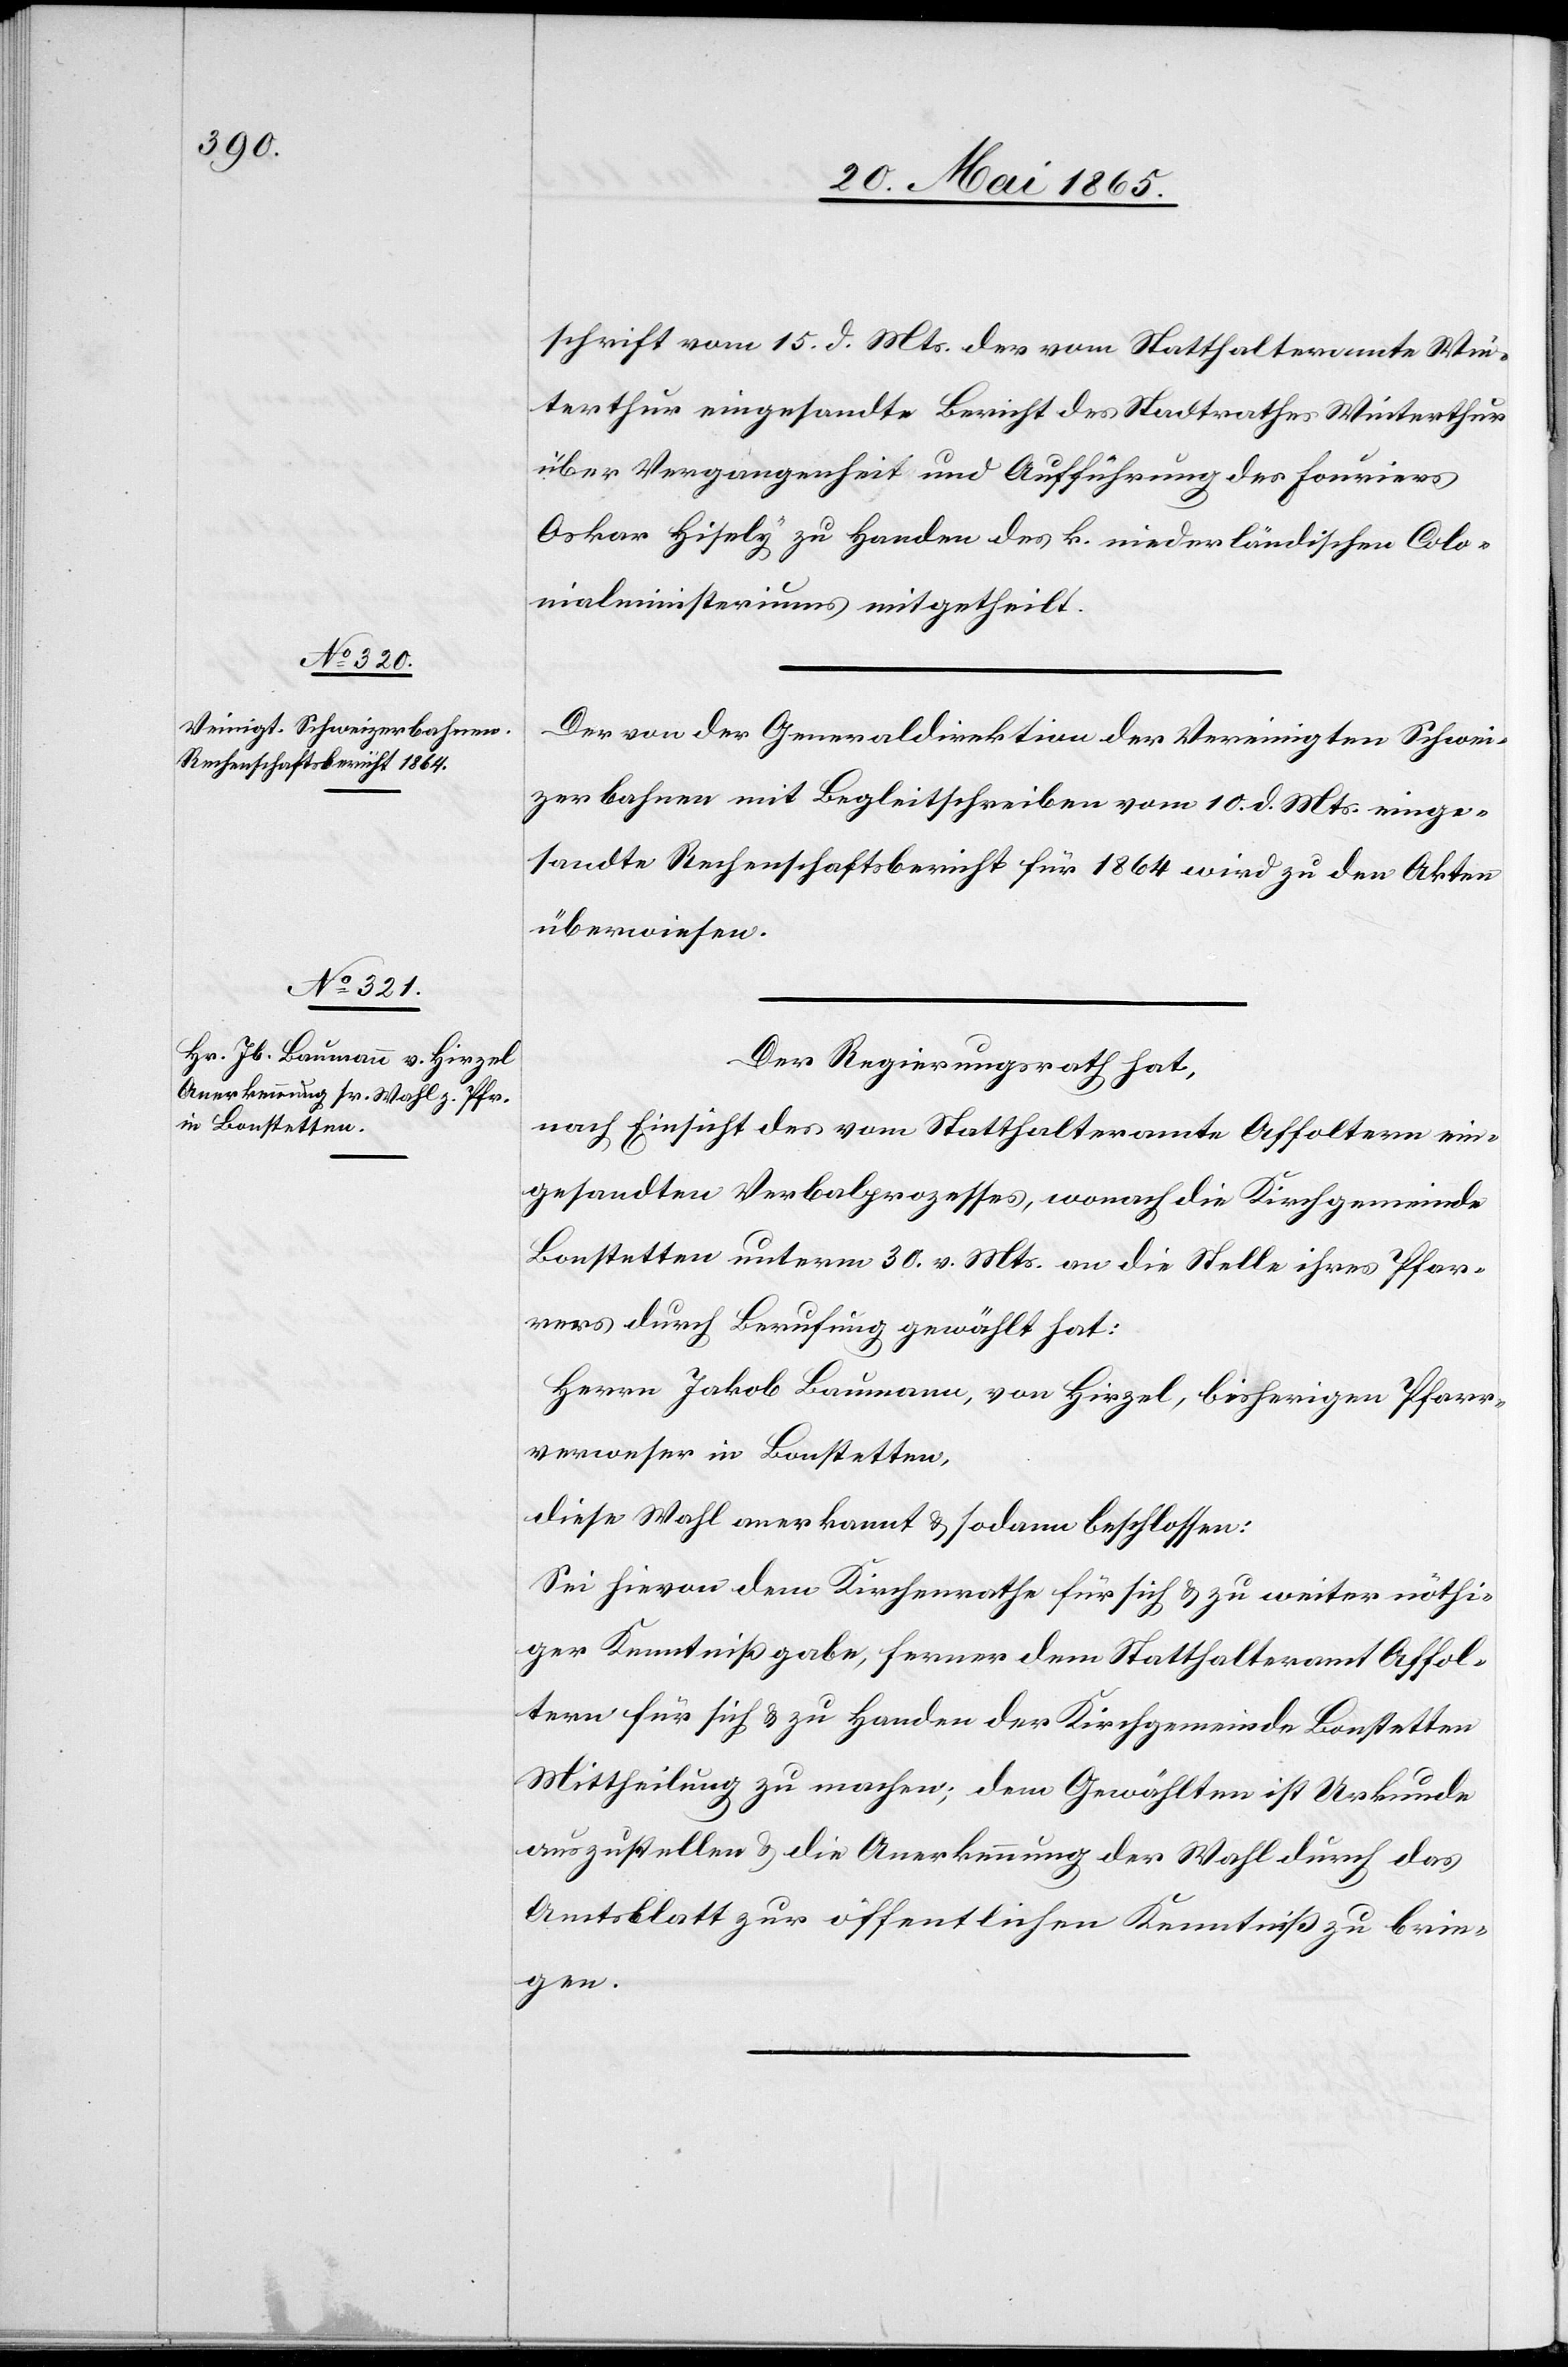
schrift vom 15. d. Mts. der vom Statthalteramte Win¬
terthur eingesandte Bericht des Stadtrathes Winterthur
über Vergangenheit und Aufführung des Fouriers
Oskar Hisely zu Handen des k. niederländischen Colo¬
nialministeriums mitgetheilt.
Der von der Generaldirektion der Vereinigten Schwei¬
zerbahnen mit Begleitschreiben vom 10. d. Mts. einge¬
sandte Rechenschaftsbericht für 1864 wird zu den Akten
überwiesen.
Der Regierungsrath hat,
nach Einsicht des vom Statthalteramte Affoltern ein¬
gesandten Verbalprozesses, wonach die Kirchgemeinde
Bonstetten unterm 30. v. Mts. an die Stelle ihres Pfar¬
rers durch Berufung gewählt hat:
Herrn Jakob Baumann, von Hirzel, bisherigen Pfarr¬
verweser in Bonstetten,
diese Wahl anerkannt & sodann beschlossen:
Sei hievon dem Kirchenrathe für sich & zu weiter nöthi¬
ger Kenntnißgabe, ferner dem Statthalteramt Affol¬
tern für sich & zu Handen der Kirchgemeinde Bonstetten
Mittheilung zu machen; dem Gewählten ist Urkunde
auszustellen & die Anerkennung der Wahl durch das
Amtsblatt zur öffentlichen Kenntniß zu brin¬
gen.